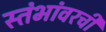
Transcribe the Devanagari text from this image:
स्तंभांवरची